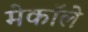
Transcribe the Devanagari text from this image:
मेकॉले